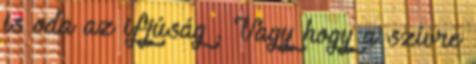
is oda az ifjúság . Vagy hogy a szívre